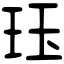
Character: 珏